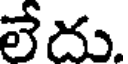
లేదు.